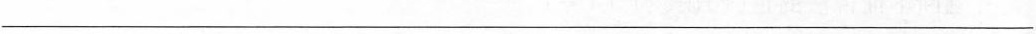
___